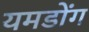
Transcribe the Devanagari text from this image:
यमडोंग